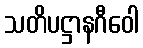
သတိပဋ္ဌာနဂီဝေါ